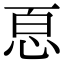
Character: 𢙯